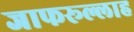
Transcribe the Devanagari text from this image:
जाफरूल्लाह